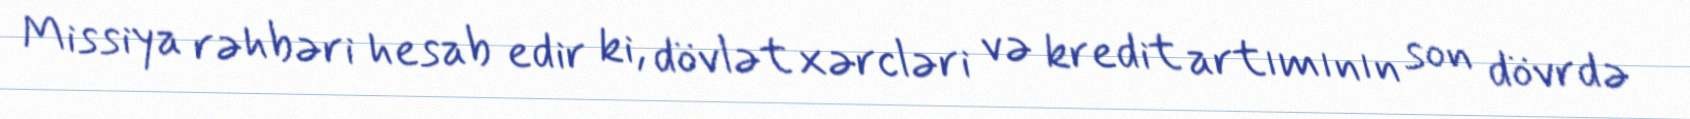
Missiya rəhbəri hesab edir ki, dövlət xərcləri və kredit artımının son dövrdə